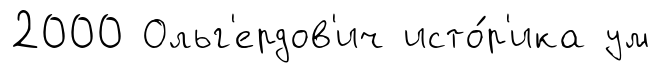
2000 Ольг'ердов'ич исто́р'ика ум